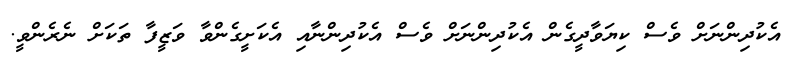
އެކުދިންނަށް ވެސް ކިޔަވާދީގެން އެެކުދިންނަށް ވެސް އެކުދިންނާއި އެކަށީގެންވާ ވަޒީފާ ތަކަށް ނެރެންވީ.